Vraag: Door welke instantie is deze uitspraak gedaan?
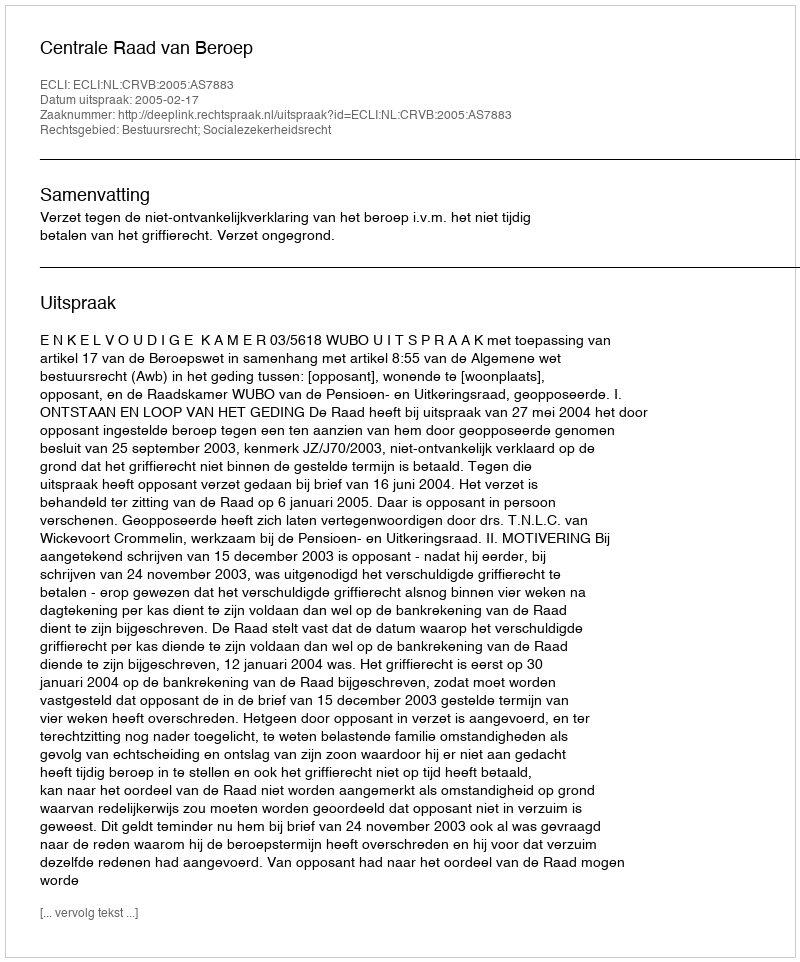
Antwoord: Centrale Raad van Beroep